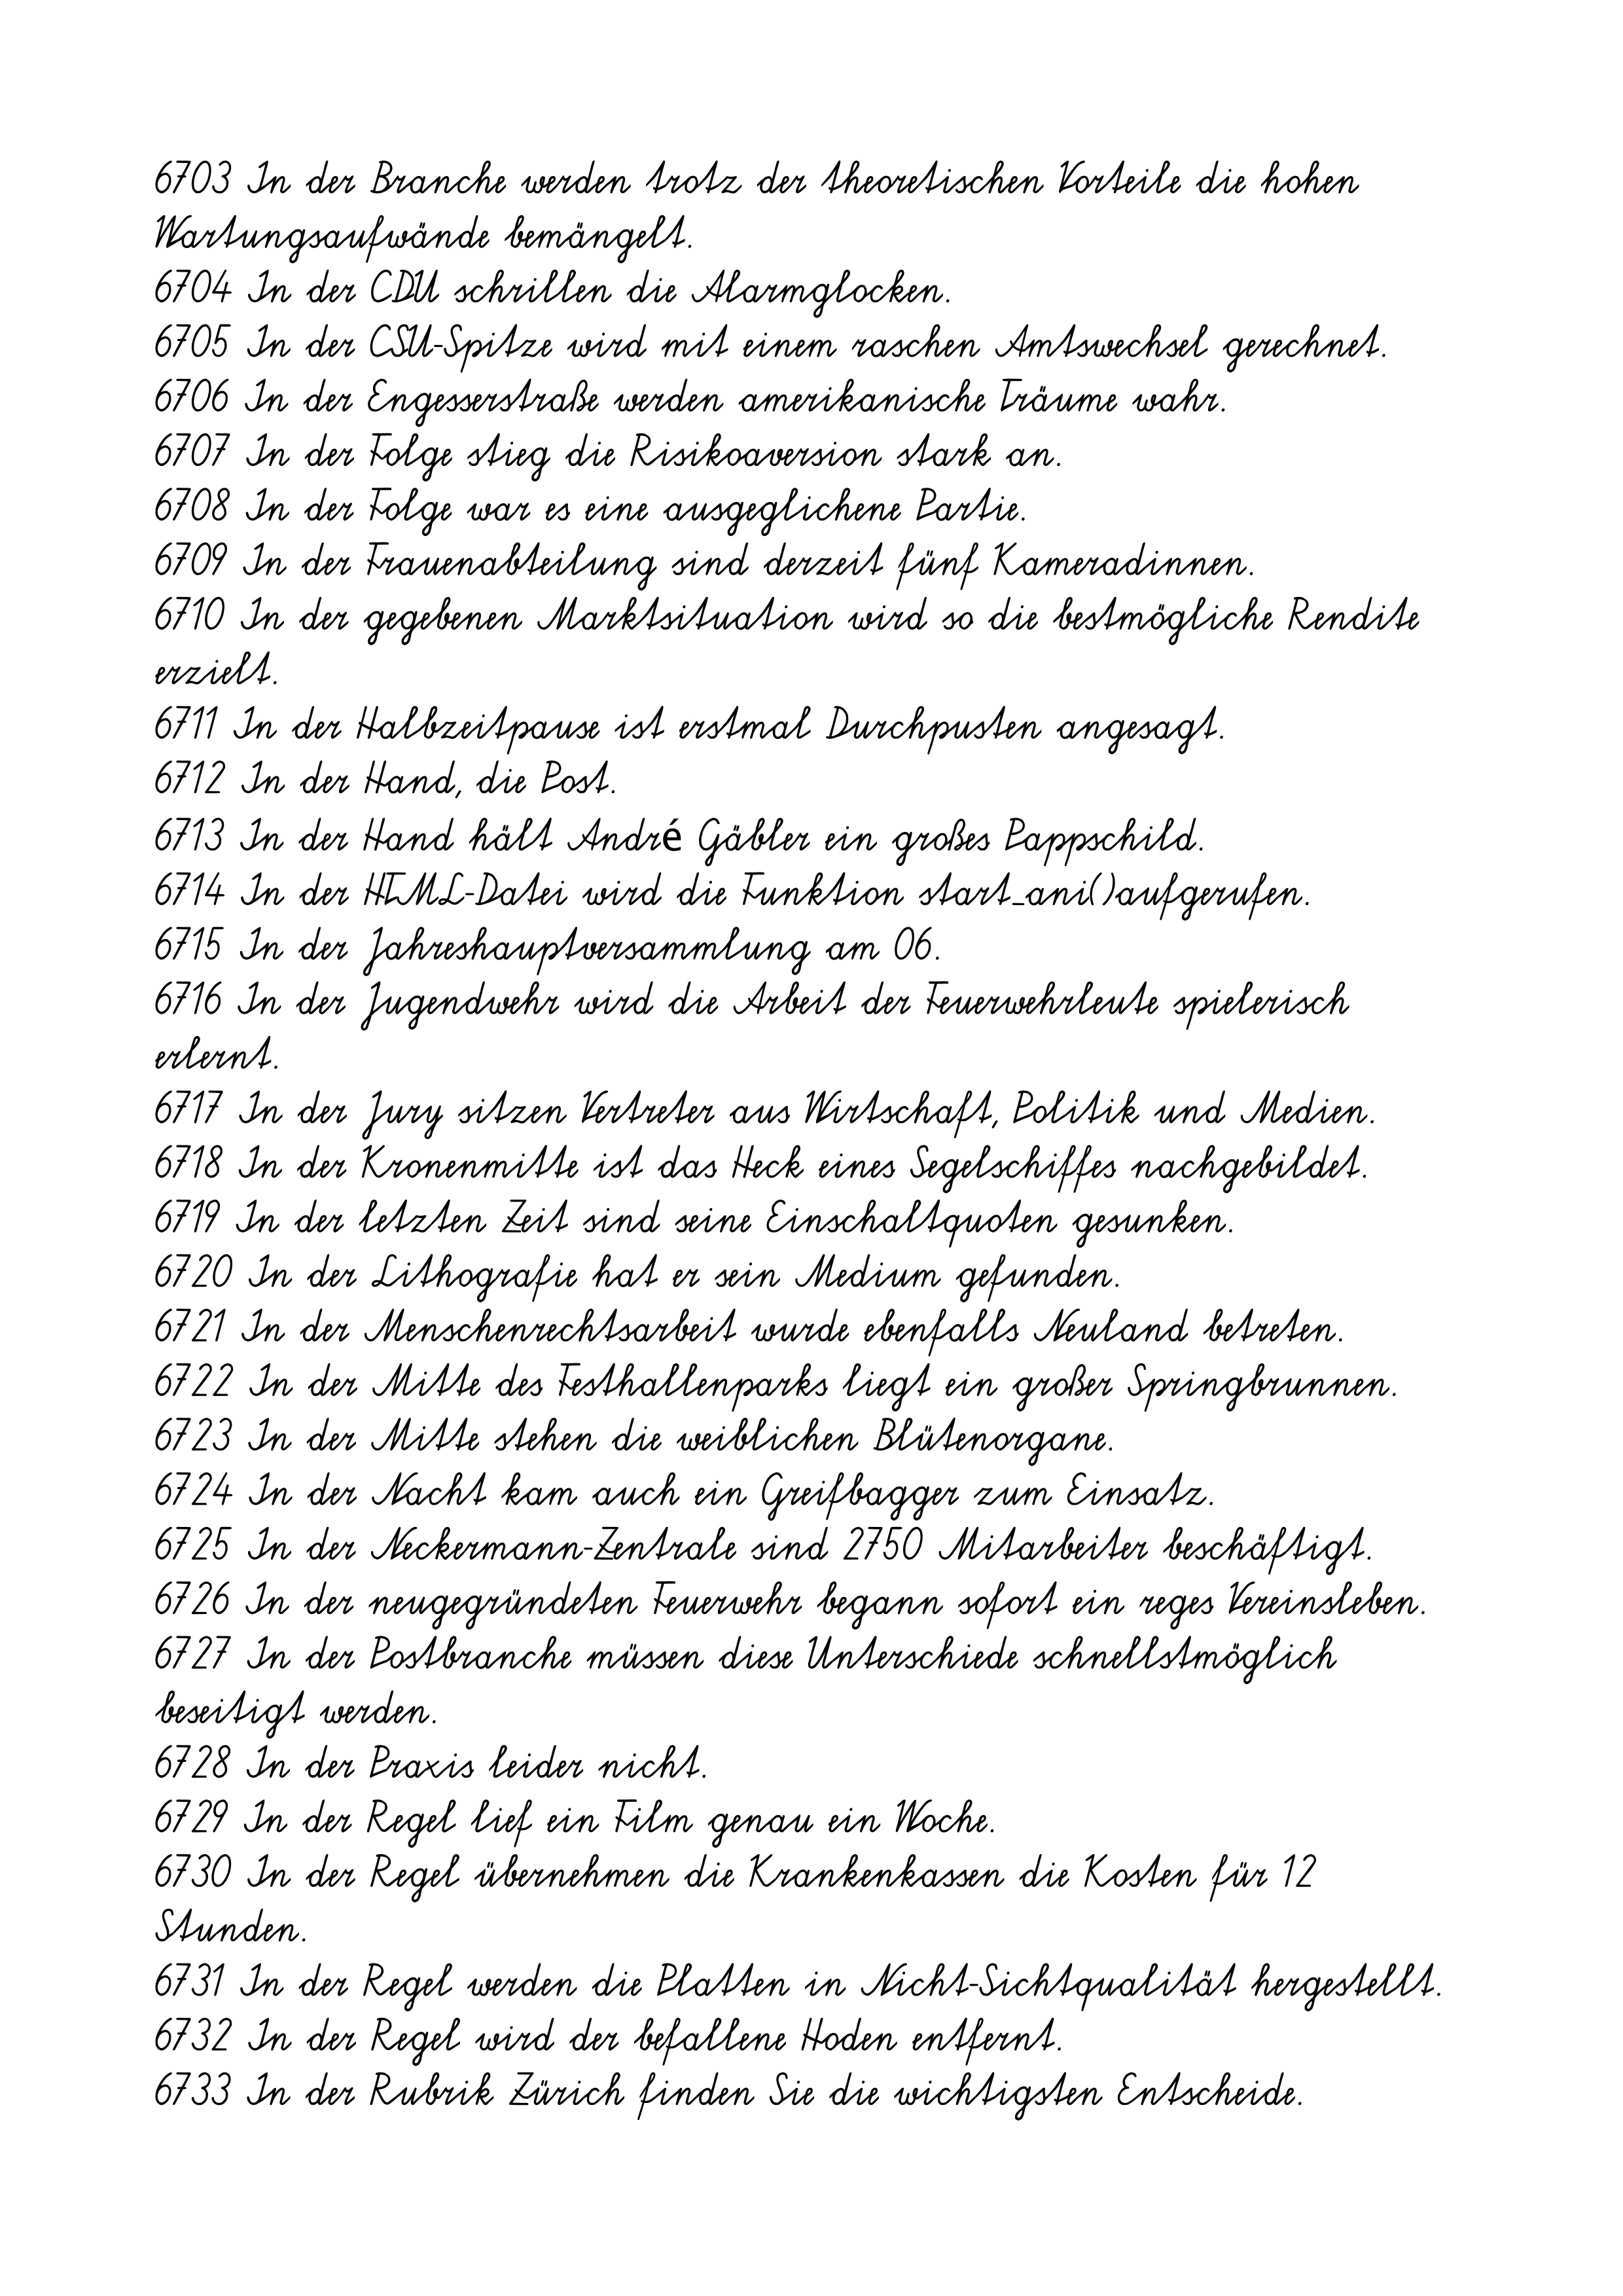
6703 In der Branche werden trotz der theoretischen Vorteile die hohen
Wartungsaufwände bemängelt.
6704 In der CDU schrillen die Alarmglocken.
6705 In der CSU-Spitze wird mit einem raschen Amtswechsel gerechnet.
6706 In der Engesserstraße werden amerikanische Träume wahr.
6707 In der Folge stieg die Risikoaversion stark an.
6708 In der Folge war es eine ausgeglichene Partie.
6709 In der Frauenabteilung sind derzeit fünf Kameradinnen.
6710 In der gegebenen Marktsituation wird so die bestmögliche Rendite
erzielt.
6711 In der Halbzeitpause ist erstmal Durchpusten angesagt.
6712 In der Hand, die Post.
6713 In der Hand hält André Gäbler ein großes Pappschild.
6714 In der HTML-Datei wird die Funktion start_ani()aufgerufen.
6715 In der Jahreshauptversammlung am 06.
6716 In der Jugendwehr wird die Arbeit der Feuerwehrleute spielerisch
erlernt.
6717 In der Jury sitzen Vertreter aus Wirtschaft, Politik und Medien.
6718 In der Kronenmitte ist das Heck eines Segelschiffes nachgebildet.
6719 In der letzten Zeit sind seine Einschaltquoten gesunken.
6720 In der Lithografie hat er sein Medium gefunden.
6721 In der Menschenrechtsarbeit wurde ebenfalls Neuland betreten.
6722 In der Mitte des Festhallenparks liegt ein großer Springbrunnen.
6723 In der Mitte stehen die weiblichen Blütenorgane.
6724 In der Nacht kam auch ein Greifbagger zum Einsatz.
6725 In der Neckermann-Zentrale sind 2750 Mitarbeiter beschäftigt.
6726 In der neugegründeten Feuerwehr begann sofort ein reges Vereinsleben.
6727 In der Postbranche müssen diese Unterschiede schnellstmöglich
beseitigt werden.
6728 In der Praxis leider nicht.
6729 In der Regel lief ein Film genau ein Woche.
6730 In der Regel übernehmen die Krankenkassen die Kosten für 12
Stunden.
6731 In der Regel werden die Platten in Nicht-Sichtqualität hergestellt.
6732 In der Regel wird der befallene Hoden entfernt.
6733 In der Rubrik Zürich finden Sie die wichtigsten Entscheide.